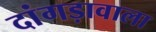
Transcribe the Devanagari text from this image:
दांगड़ावाला